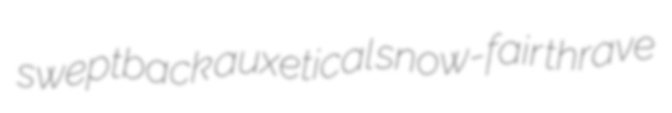
sweptback auxetical snow-fair thrave